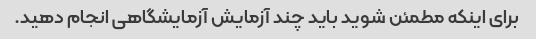
برای اینکه مطمئن شوید باید چند آزمایش آزمایشگاهی انجام دهید.